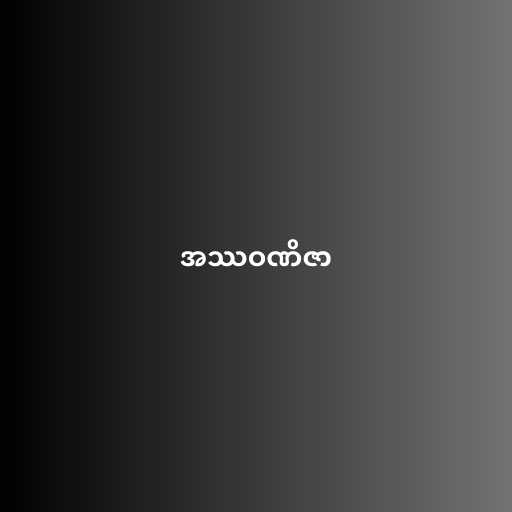
အဿဝဏိဇာ